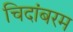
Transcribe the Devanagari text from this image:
चिदांबरम